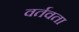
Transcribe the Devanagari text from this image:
वर्तवता